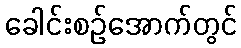
ခေါင်းစဉ်အောက်တွင်